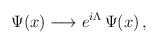
\begin{align*}\Psi (x)\longrightarrow e^{i\Lambda }\,\Psi (x)\,,\end{align*}